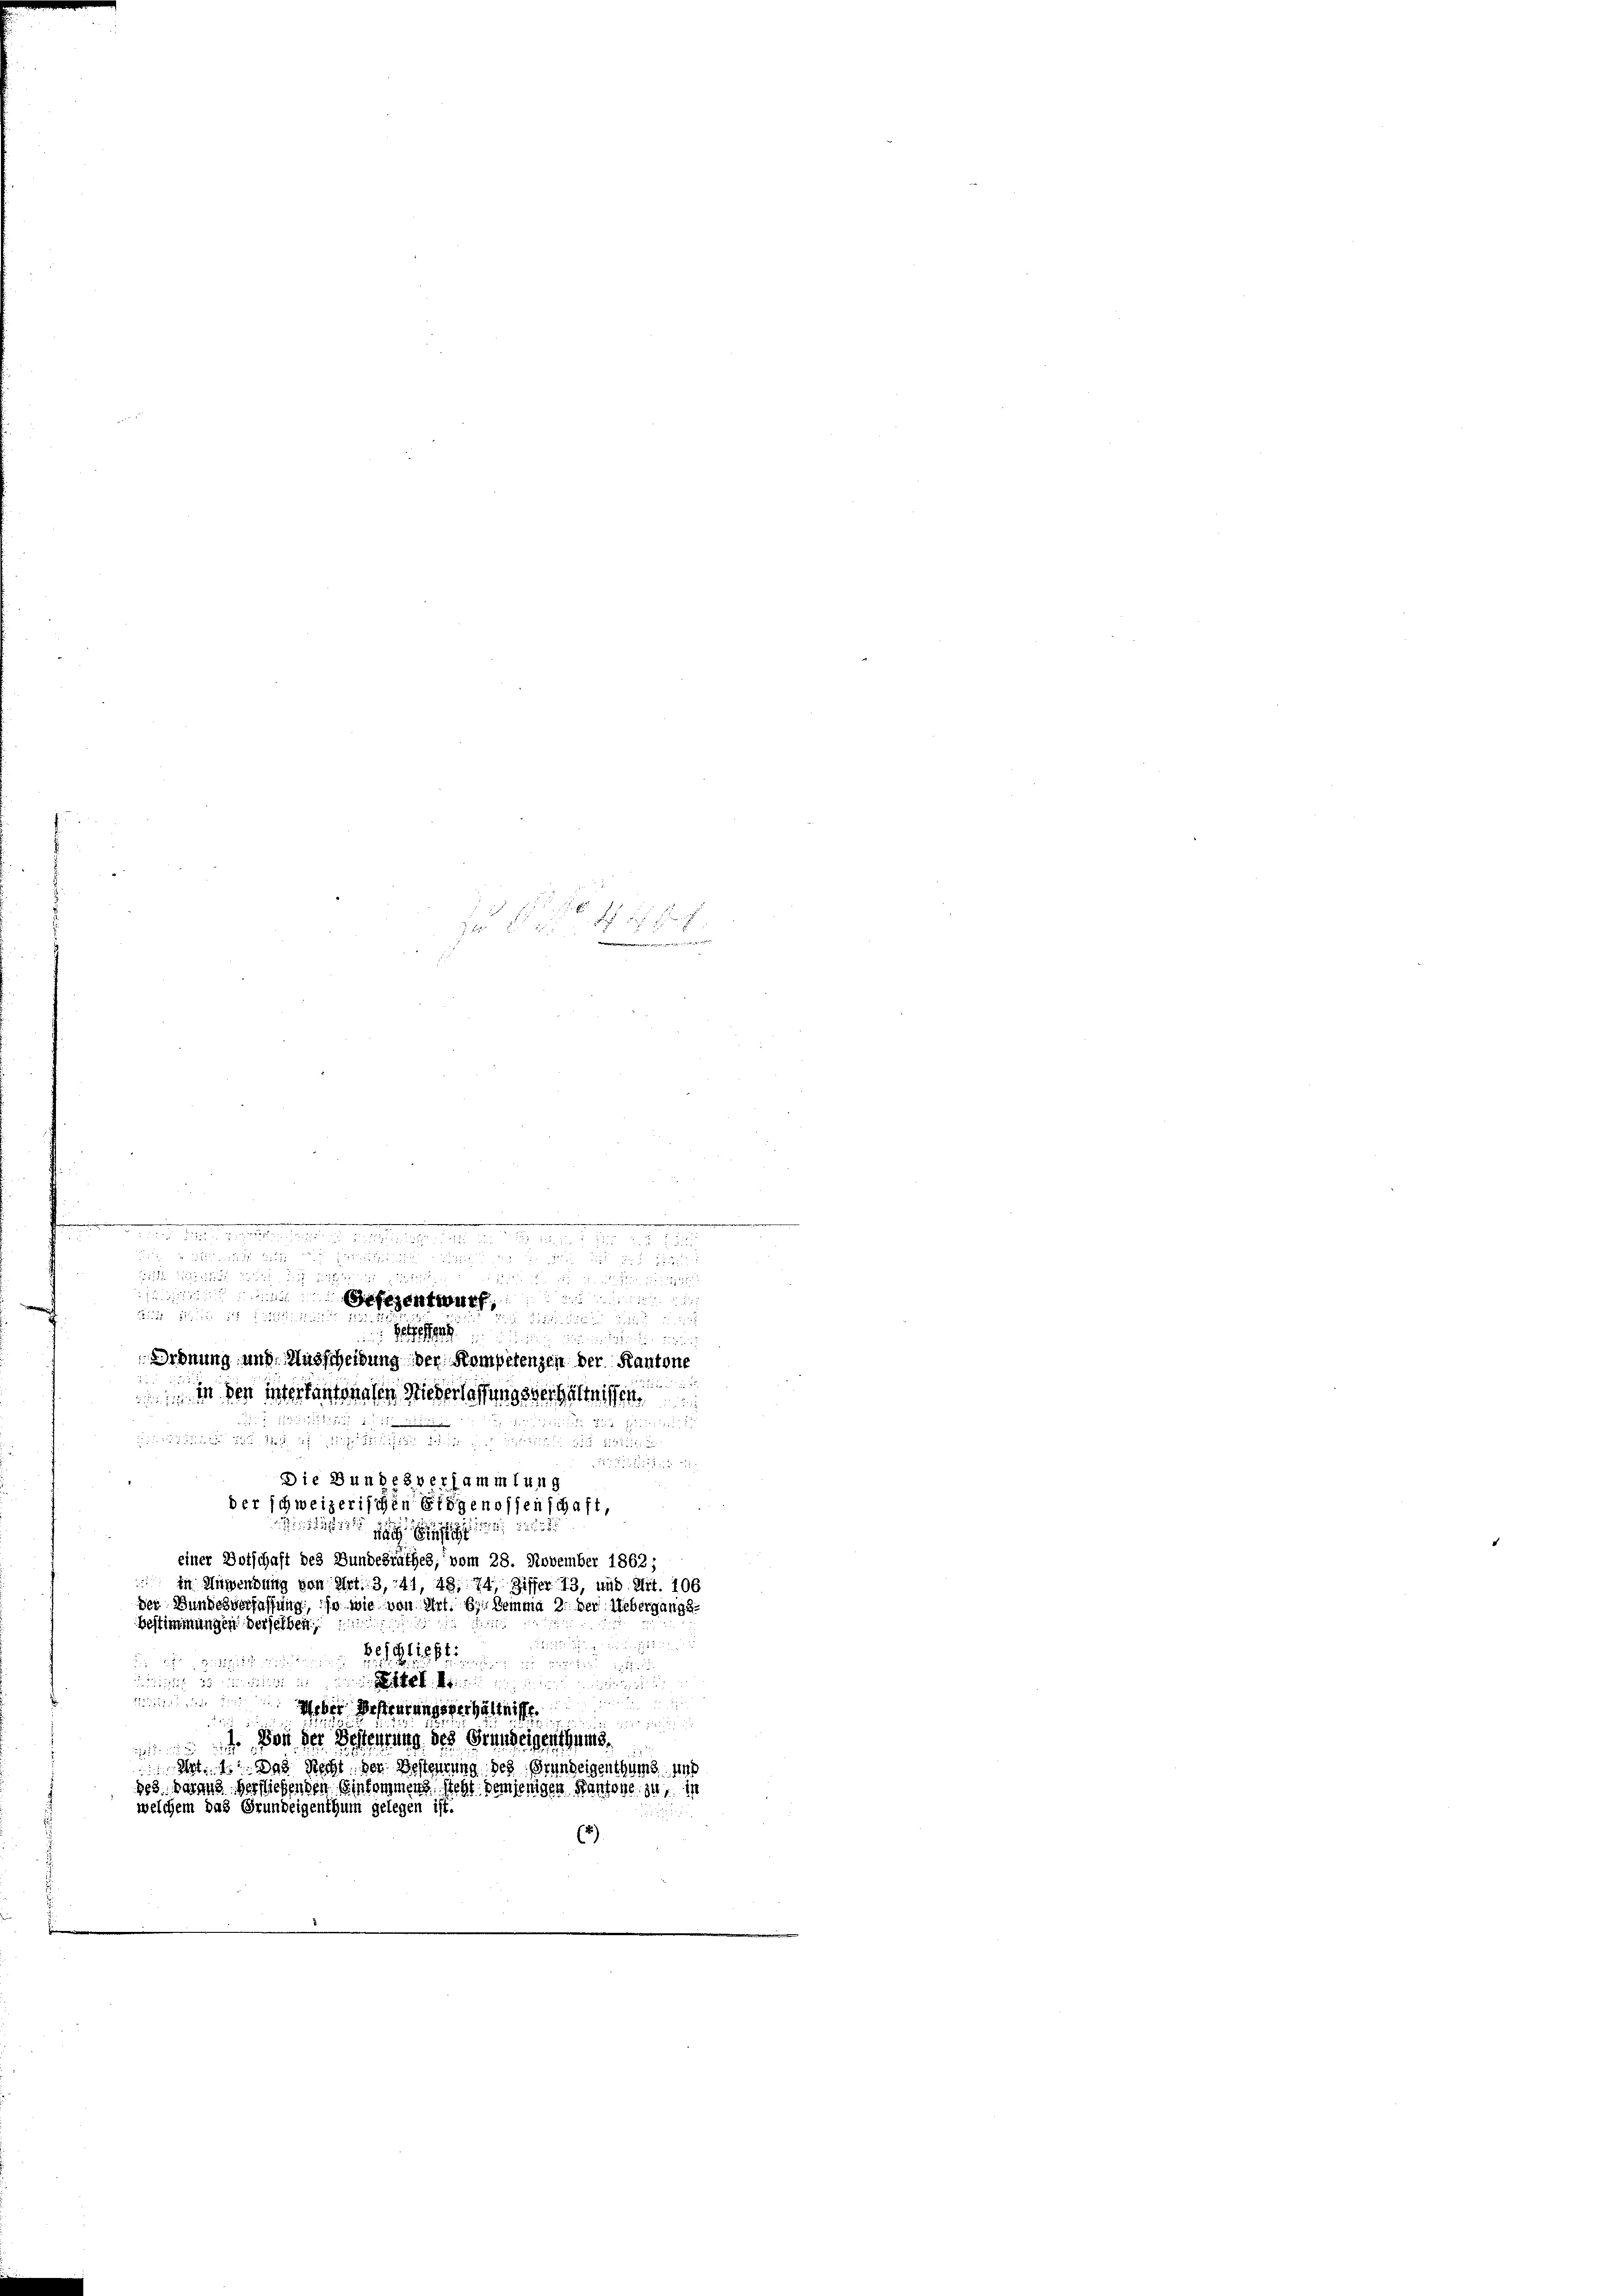
Mit der u. die See, 1872

7
2

n
5

behalten

din den Weber Besteurungsverhältnisse

1. Von der Besteurung des Grundeigenthums
257
 Art. 1. Das Recht der Besteurung des Grundeigenthums und
813. daraus versiehenden Einkommens steht demjenigen Kantone zu in
welchem das Grundeigenthum gelegen ist.
u
2)

327 und
Ordnung und Ausscheidung der Kompetenzen der Kantone
 in der intertantonalen Niederlassungsverhältnissen

Die Bundesversammlung
der schweizerischen Eidgenossenschaft,

einer Dotschaft des Bundesrathes, vom 28. November 1862;
in Anwendung von Art. 3, 41, 48. 74, Ziffer 13, und Mit. 106
der Bundesverfassung, in wie von Art. 6. Demma 2: der Uebergange
Bestimmungen derselben,

111 35

dee die eheliche zu ertheilichen der den
.

1555.
  d
 55 x
fezentwerf
 Betreffen

i
720 f 18 f ich gleich
ee, de

u. zu